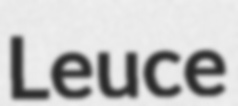
Leuce